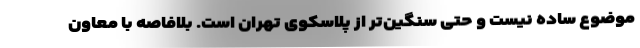
موضوع ساده نیست و حتی سنگین‌تر از پلاسکوی تهران است. بلافاصه با معاون